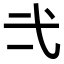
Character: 𭚟